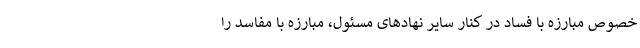
خصوص مبارزه با فساد در کنار سایر نهادهای مسئول، مبارزه با مفاسد را